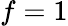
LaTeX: f=1